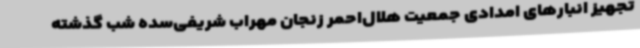
تجهیز انبارهای امدادی جمعیت هلال‌احمر زنجان مهراب شریفی‌سده شب گذشته